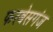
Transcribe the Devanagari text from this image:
फरबेसगंज